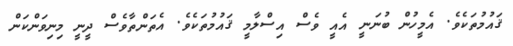
ޤައުމުތަކެވެ. އެމީހުން ބުނަނީ އެއީ ވެސް އިސްލާމީ ޤައުމުތަކެވެ. އެތަންތާވެސް ދީނީ މިނިވަންކަން